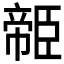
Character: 𦣭